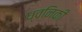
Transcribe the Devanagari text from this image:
ध्‍वनिकी